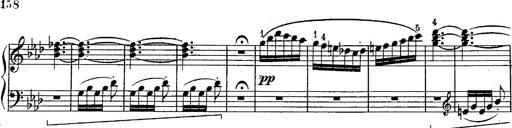
Title: Schubert's Impromptus [revised and edited by Franz Liszt]
Composer: Franz Liszt